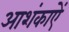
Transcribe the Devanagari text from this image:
आशंकाऐं